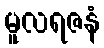
မူလရဇနံ